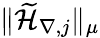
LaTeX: \| \widetilde{\mathcal{H}}_{\nabla,j}\| _{\mu}